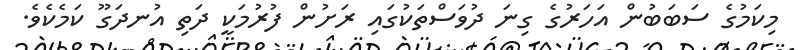
މިކަމުގެ ސަބަބުން އަހަރުގެ ގިނަ ދުވަސްތަކުގައި ރަށުން ފުރުމަކީ ދަތި އުނދަގޫ ކަމެކެވެ.